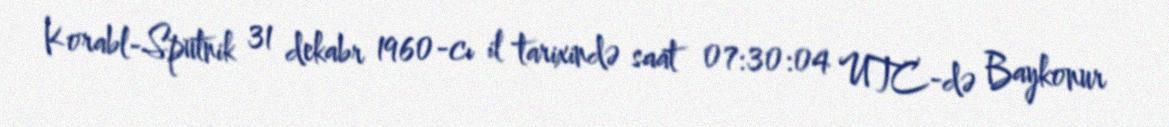
Korabl-Sputnik 31 dekabr 1960-cı il tarixində saat 07:30:04 UTC-də Baykonur